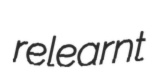
relearnt